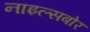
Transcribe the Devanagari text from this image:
नाइल्सबोर